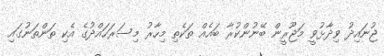
ޖުނައިދު ވިދާޅުވީ މަޖޫރީން ބޭނުންކުރާ ބައެއް ތަކެތި މިހާރު މިސަރަހައްދުގެ އެކި ތަންތަނުގައި